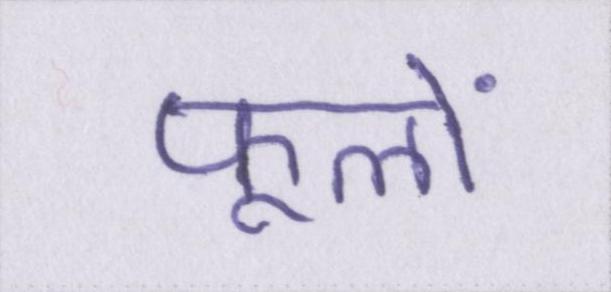
फूलों